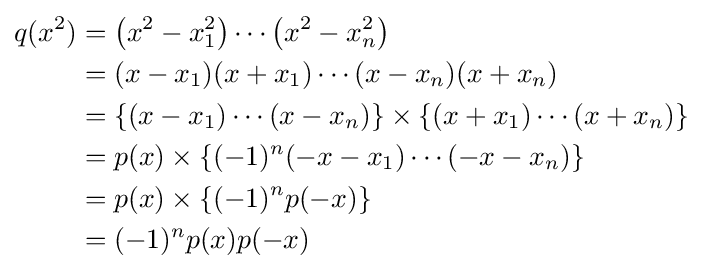
{\begin{aligned}q(x^{2})&=\left(x^{2}-x_{1}^{2}\right)\cdots \left(x^{2}-x_{n}^{2}\right)\\&=(x-x_{1})(x+x_{1})\cdots (x-x_{n})(x+x_{n})\\&=\left\{(x-x_{1})\cdots (x-x_{n})\right\}\times \left\{(x+x_{1})\cdots (x+x_{n})\right\}\\&=p(x)\times \left\{(-1)^{n}(-x-x_{1})\cdots (-x-x_{n})\right\}\\&=p(x)\times \left\{(-1)^{n}p(-x)\right\}\\&=(-1)^{n}p(x)p(-x)\end{aligned}}